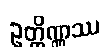
ဥတ္တိဏ္ဏဿ